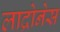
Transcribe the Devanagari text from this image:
लाद्रोनेस